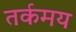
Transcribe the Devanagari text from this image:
तर्कमय